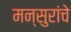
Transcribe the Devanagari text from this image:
मन्सुरांचे